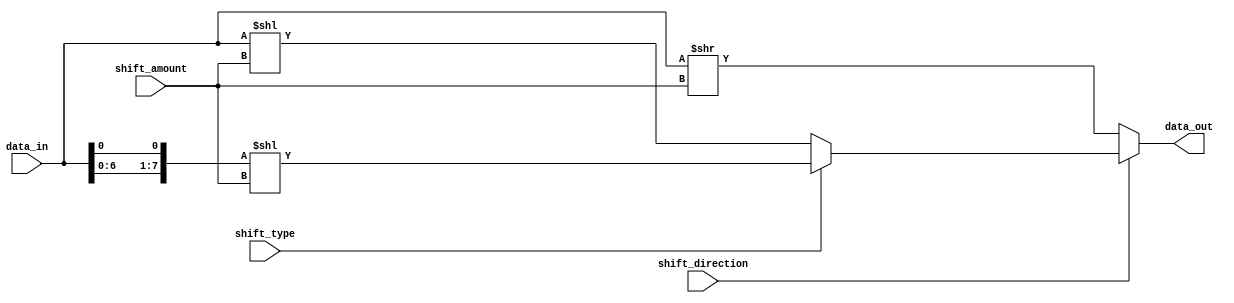
module Hybrid_Barrel_Shifter (
    input wire [7:0] data_in,
    input wire [3:0] shift_amount,
    input wire shift_direction,  // 0 for right shift, 1 for left shift
    input wire shift_type,  // 0 for logical shift, 1 for arithmetic shift
    output reg [7:0] data_out
);

reg [7:0] temp_data;

always @(*) begin
    if(shift_direction == 0) begin
        if(shift_type == 0) begin // logical right shift
            data_out = data_in >> shift_amount;
        end else begin // arithmetic right shift
            temp_data = {data_in[7], data_in};
            data_out = temp_data >> shift_amount;
        end
    end else begin
        if(shift_type == 0) begin // logical left shift
            data_out = data_in << shift_amount;
        end else begin // arithmetic left shift
            temp_data = {data_in, data_in[0]};
            data_out = temp_data << shift_amount;
        end
    end
end

endmodule